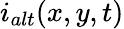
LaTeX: i_{alt}(x,y,t)